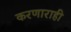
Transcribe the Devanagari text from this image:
करणाराही